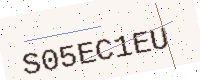
Text: S05EC1EU